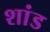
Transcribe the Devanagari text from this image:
शांड